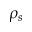
\rho _ { s }